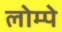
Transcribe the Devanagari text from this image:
लोम्पे